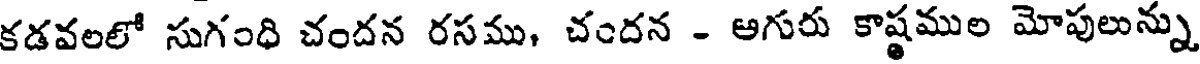
కడవలలో సుగంధి చందన రసము, చందన - అగురు కాష్టముల మోపులున్ను